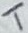
Text: T